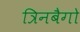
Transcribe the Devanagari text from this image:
त्रिनबैगो